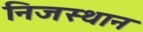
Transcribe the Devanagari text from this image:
निजस्थान